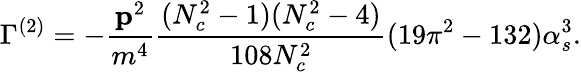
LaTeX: \Gamma^{(2)}=-{\frac{{\mathbf p}^{2}}{m^{4}}}{\frac{(N_{c}^{2}-1)(N_{c}^{2}-4)}{108N_{c}^{2}}}(19\pi^{2}-132)\alpha_{s}^{3}.